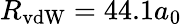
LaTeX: R_{\mathrm{vdW}}=44.1a_{0}